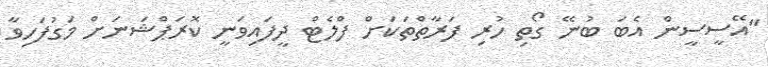
"އޭސީސީން އެބަ ބުނޭ ގޯތި ހުރި ފަރާތްތަކަށް ފްލެޓް ދީފައިވަނީ ކޮރަޕްޝަނަށް މަގުފަހިވާ